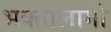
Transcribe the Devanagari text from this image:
भक्‍तालागी